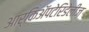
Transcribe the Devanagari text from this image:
आर्किॲपटेरिडेलीज़